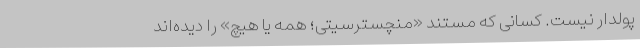
پولدار نیست. کسانی که مستند «منچسترسیتی؛ همه یا هیچ» را دیده‌اند